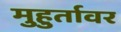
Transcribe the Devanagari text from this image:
मुहुर्तावर